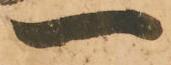
一